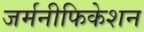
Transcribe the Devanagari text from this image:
जर्मनीफिकेशन